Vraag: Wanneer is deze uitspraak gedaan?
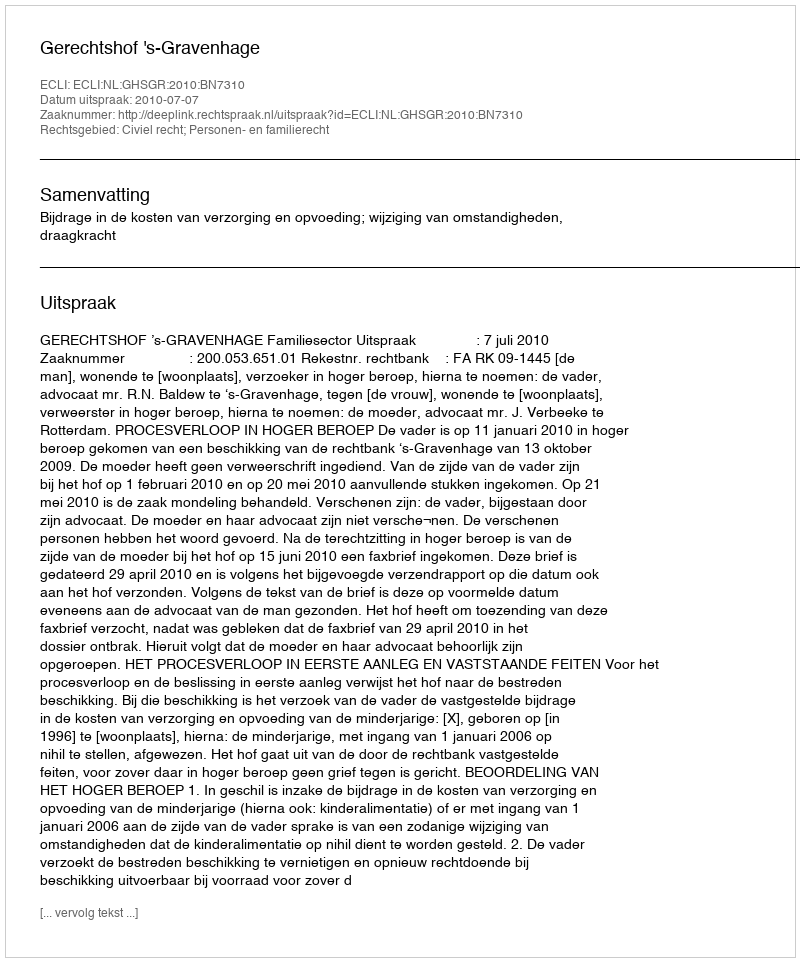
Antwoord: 2010-07-07